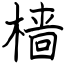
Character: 樯